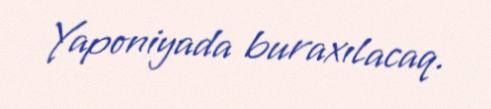
Yaponiyada buraxılacaq.